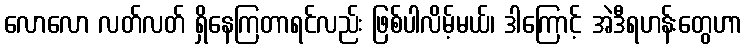
လောလော လတ်လတ် ရှိနေကြတာရင်လည်း ဖြစ်ပါလိမ့်မယ်၊ ဒါကြောင့် အဲဒီရဟန်းတွေဟာ